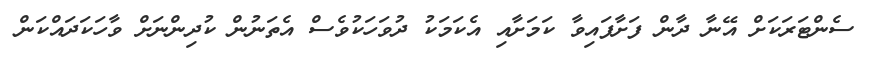
ސެންޓަރަކަށް އޭނާ ދާން ފަށާފައިވާ ކަމަށާއި އެކަމަކު ދުވަހަކުވެސް އެތަނުން ކުދިންނަށް ވާހަކަދައްކަން